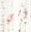
ألي